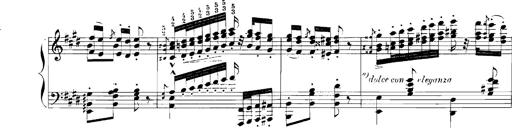
Title: Rhapsodies hongroises
Composer: Franz Liszt